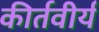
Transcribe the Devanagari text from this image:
कीर्तवीर्य